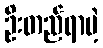
ဦးတည်ရာမဲ့